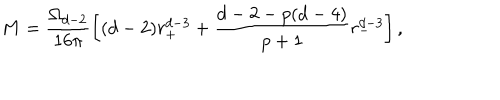
LaTeX: M = \frac { \Omega _ { d - 2 } } { 1 6 \pi } \left[ ( d - 2 ) r _ { + } ^ { d - 3 } + \frac { d - 2 - p ( d - 4 ) } { p + 1 } r _ { - } ^ { d - 3 } \right] ,